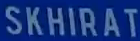
SKHIRAT